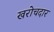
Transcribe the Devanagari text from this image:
खरोचदार